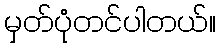
မှတ်ပုံတင်ပါတယ်။